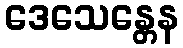
ဒေသေန္တေန